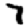
Digit: 7